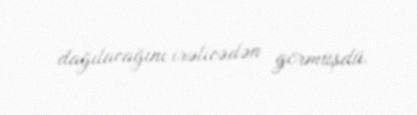
dağılacağını irəlicədən görmüşdü.